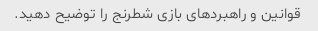
قوانین و راهبردهای بازی شطرنج را توضیح دهید.